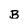
Character: B